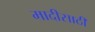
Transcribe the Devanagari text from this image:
मादीसाठी